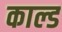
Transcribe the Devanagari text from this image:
काल्ड